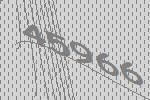
45966